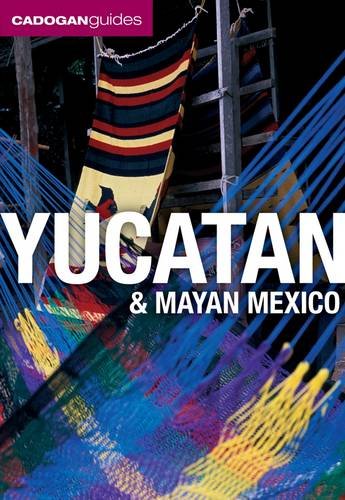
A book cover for Yucatan & Mayan Mexico, 4th (Yucatan and Mayan Mexico); Nick Rider; Travel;